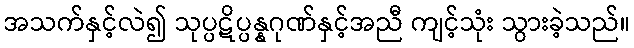
အသက်နှင့်လဲ၍ သုပ္ပဋိပ္ပန္နဂုဏ်နှင့်အညီ ကျင့်သုံး သွားခဲ့သည်။